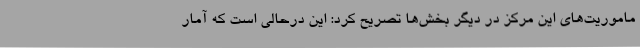
ماموریت‌های این مرکز در دیگر بخش‌ها تصریح کرد: این درحالی است که آمار